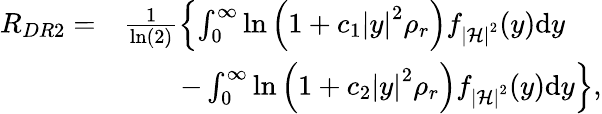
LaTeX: \begin{array}{rl}{{R_{DR2}}=}&{\frac{1}{\ln\left({2}\right)}\left\{ \int_{0}^{\infty}{\ln{\left(1+c_{1}\left|y\right|^{2}\rho_{r}\right)}}f_{\left|\mathcal{H}\right|^{2}}(y)\mathrm{d}y\right.}\\ &{\qquad-\left.\int_{0}^{\infty}{\ln{\left(1+c_{2}\left|y\right|^{2}\rho_{r}\right)}}f_{\left|\mathcal{H}\right|^{2}}(y)\mathrm{d}y\right\} ,}\end{array}